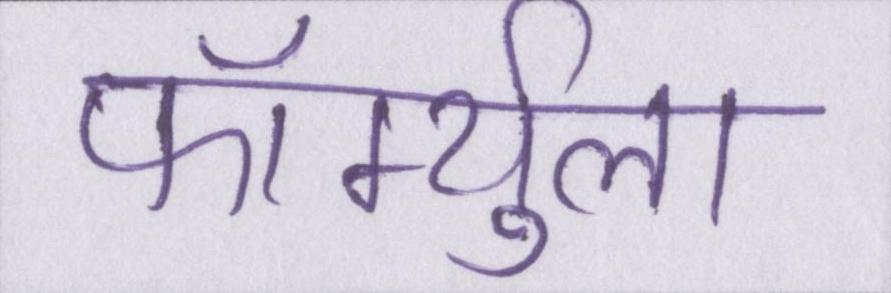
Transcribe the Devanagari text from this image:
फॉर्म्युला